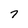
Character: 7